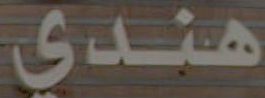
هندي